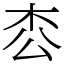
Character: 枩